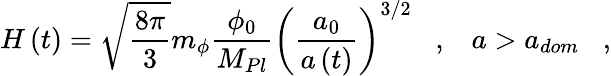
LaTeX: H\left(t\right)=\sqrt{\frac{8\pi}{3}}m_{\phi}\frac{\phi_{0}}{M_{Pl}}\left(\frac{a_{0}}{a\left(t\right)}\right)^{3/2}\; \; \; ,\; \; \; a>a_{dom}\; \; \; ,